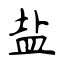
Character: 盐